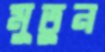
মুতুন